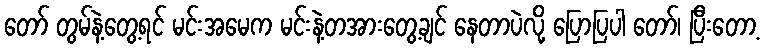
တော် တွမ်နဲ့တွေ့ရင် မင်းအမေက မင်းနဲ့တအားတွေ့ချင် နေတာပဲလို့ ပြောပြပါ တော်၊ ပြီးတော့